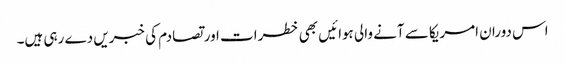
اس دوران امریکا سے آنے والی ہوائیں بھی خطرات اور تصادم کی خبریں دے رہی ہیں۔